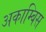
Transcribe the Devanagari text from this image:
अकाम्बिस